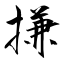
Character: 搛